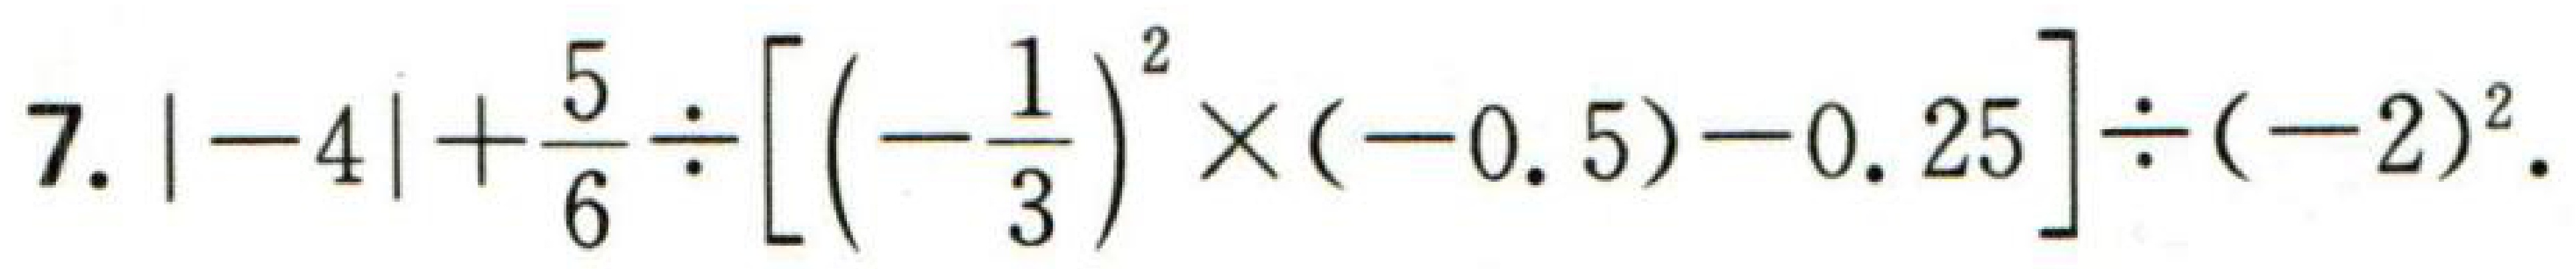
7. \(|-4|+\frac{5}{6}\div\left[\left(-\frac{1}{3}\right)^{2}\times(-0.5)-0.25\right]\div(-2)^{2}\).